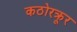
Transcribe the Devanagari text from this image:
कठोरक्रूर